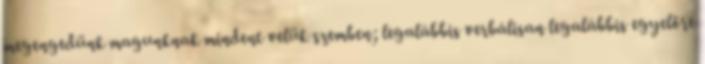
megengedünk magunknak mindent velük szemben; legalábbis verbálisan legalábbis egyelőre